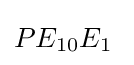
PE_{10}E_{1}\;